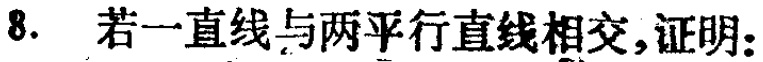
8. 若一直线与两平行直线相交,证明: